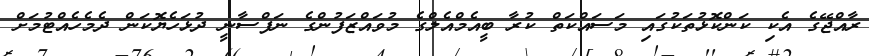
ރާއްޖޭގެ އެކި ކަންކޮޅުތަކުގައި މަސައްކަތް ކުރާ ބީއެމްއެލްގެ މުވައްޒަފުންގެ ނަފްސާނީ ދުޅަހެޔޮކަން ދެމެހެއްޓުމަށް